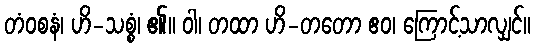
တံဝစနံ၊ ဟိ-သစ္စံ၊ ၏။ ဝါ၊ တထာ ဟိ-တတော ဧဝ၊ ကြောင့်သာလျှင်။